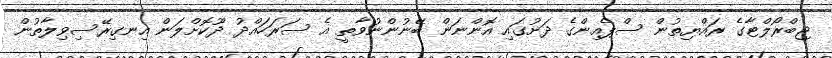
ޖިބްރޯލްޓާގެ ރައްޔިތުން ސްޕެއިންގެ ދަށުގައި އޮންނަން ބޭނުންނުވާތީ އެ ސަރަހައްދު ދޫކޮށްލަން އިނގިރޭސިވިލާތުން